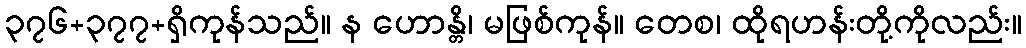
၃၇၆+၃၇၇+ရှိကုန်သည်။ န ဟောန္တိ၊ မဖြစ်ကုန်။ တေစ၊ ထိုရဟန်းတို့ကိုလည်း။